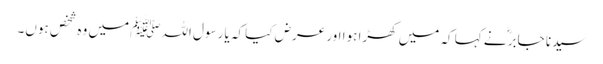
سیدنا جابرؓ نے کہا کہ میں کھڑا ہوا اور عرض کیا کہ یا رسول اللہﷺ میں وہ شخص ہوں۔